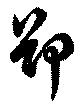
卻